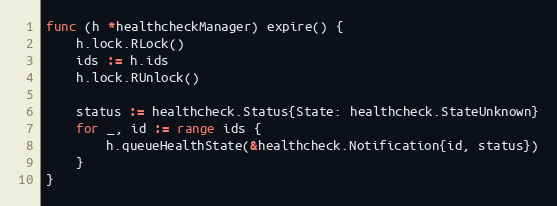
Language: Go
func (h *healthcheckManager) expire() {
	h.lock.RLock()
	ids := h.ids
	h.lock.RUnlock()

	status := healthcheck.Status{State: healthcheck.StateUnknown}
	for _, id := range ids {
		h.queueHealthState(&healthcheck.Notification{id, status})
	}
}